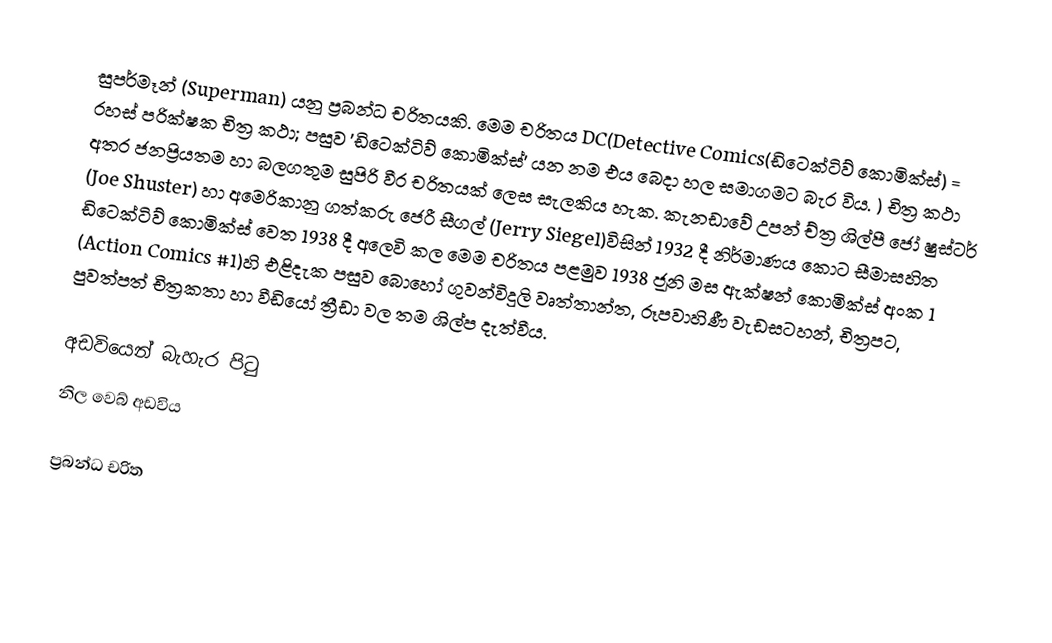
සුපර්මෑන් (Superman) යනු ප්‍රබන්ධ චරිතයකි. මෙම චරිතය DC(Detective Comics(ඩිටෙක්ටිව් කොමික්ස්) = රහස් පරික්ෂක චිත්‍ර කථා; පසුව 'ඩිටෙක්ටිව් කොමික්ස්' යන නම එය බෙදා හල සමාගමට බැර විය. ) චිත්‍ර කථා අතර ජනප්‍රියතම හා බලගතුම සුපිරි වීර චරිතයක් ලෙස සැලකිය හැක. කැනඩාවේ උපන් ච්ත්‍ර ශිල්පී ජෝ ෂුස්ටර් (Joe Shuster) හා අමෙරිකානු ගත්කරු ජෙරී සීගල් (Jerry Siegel)විසින් 1932 දී නිර්මාණය කොට සීමාසහිත ඩිටෙක්ටිව් කොමික්ස් වෙත 1938 දී අලෙවි කල මෙම චරිතය පළමුව 1938 ජූනි මස ඇක්ෂන් කොමික්ස් අංක 1 (Action Comics #1)හි එළිදැක පසුව බොහෝ ගුවන්විදුලි වෘත්තාන්ත, රූපවාහිණී වැඩසටහන්, චිත්‍රපට, පුවත්පත් චිත්‍රකතා හා වීඩියෝ ත්‍රීඩා වල තම ශිල්ප දැත්වීය.

අඩවියෙන් බැහැර පි‍ටු
නිල වෙබ් අඩවිය

ප්‍රබන්ධ චරිත